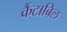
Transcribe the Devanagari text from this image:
कैंटाबिल